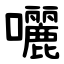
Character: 囇